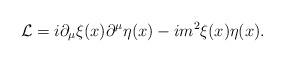
LaTeX: \begin{align*}{\cal L}=i\partial_{\mu}\xi(x)\partial^{\mu}\eta(x)-im^{2}\xi(x)\eta(x).\end{align*}